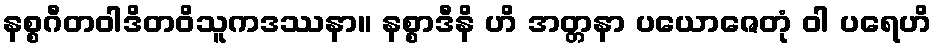
နစ္စဂီတဝါဒိတဝိသူကဒဿနာ။ နစ္စာဒီနိ ဟိ အတ္တနာ ပယောဇေတုံ ဝါ ပရေဟိ